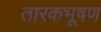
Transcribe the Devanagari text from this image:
तारकभूषण